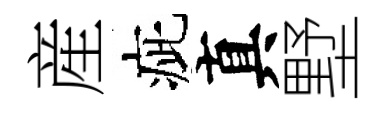
産疵真墅